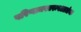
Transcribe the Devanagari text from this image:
परिणामस्वरूपआतंक